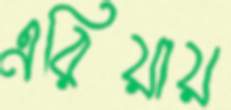
এরিয়ায়